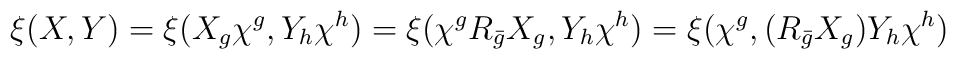
\xi(X,Y)=\xi(X_g\chi^g,Y_h\chi^h)=\xi(\chi^gR_{\bar{g}}X_g,Y_h\chi^h)     =\xi(\chi^g,(R_{\bar{g}}X_g)Y_h\chi^h)